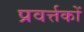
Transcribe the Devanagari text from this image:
प्रवर्त्तकों